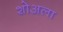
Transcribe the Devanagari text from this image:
शोअला